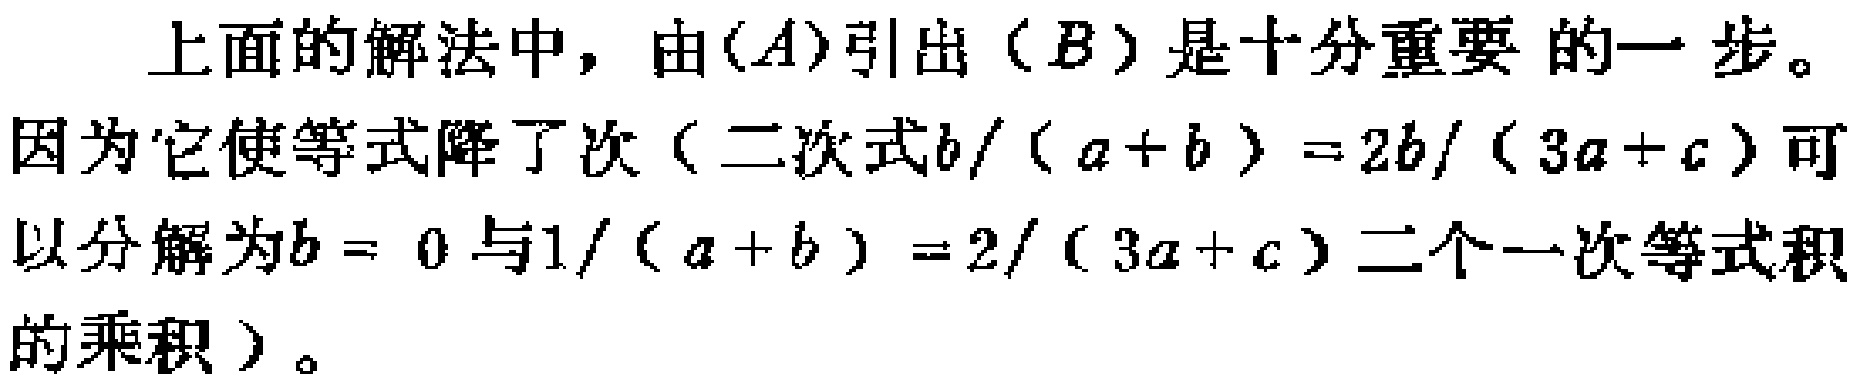
上面的解法中，由\((A)\)引出\((B)\)是十分重要的一步。因为它使等式降了次（二次式\(b/(a + b)=2b/(3a + c)\)可以分解为\(b = 0\)与\(1/(a + b)=2/(3a + c)\)二个一次等式积的乘积）。